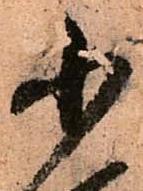
小